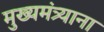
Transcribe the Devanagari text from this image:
मुख्यमंत्र्याना